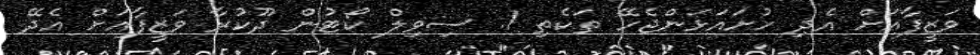
ވަޒީފާއަށް އެދި ހުށައަޅަންޖެހޭ ތަކެތި 1. ސިވިލް ކޯޓުން ދޫކުރާ ވަޒީފާއަށް އެދޭ